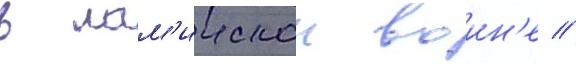
в лам'иискои воин'е //